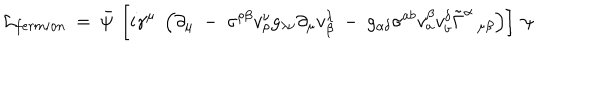
LaTeX: { \cal L } _ { f e r m i o n } ~ = ~ \bar { \psi } ~ \left[ i \gamma ^ { \mu } ~ \left( \partial _ { \mu } ~ - ~ \sigma ^ { \rho \beta } v _ { \rho } ^ { \nu } g _ { \lambda \nu } \partial _ { \mu } v _ { \beta } ^ { \lambda } ~ - ~ g _ { \alpha \delta } \sigma ^ { a b } v _ { a } ^ { \beta } v _ { b } ^ { \delta } \tilde { \Gamma } ^ { \alpha } \, _ { \mu \beta } \right) \right] ~ \psi